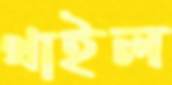
থাইল